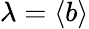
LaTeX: \lambda=\langle b\rangle